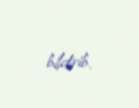
bildirib.